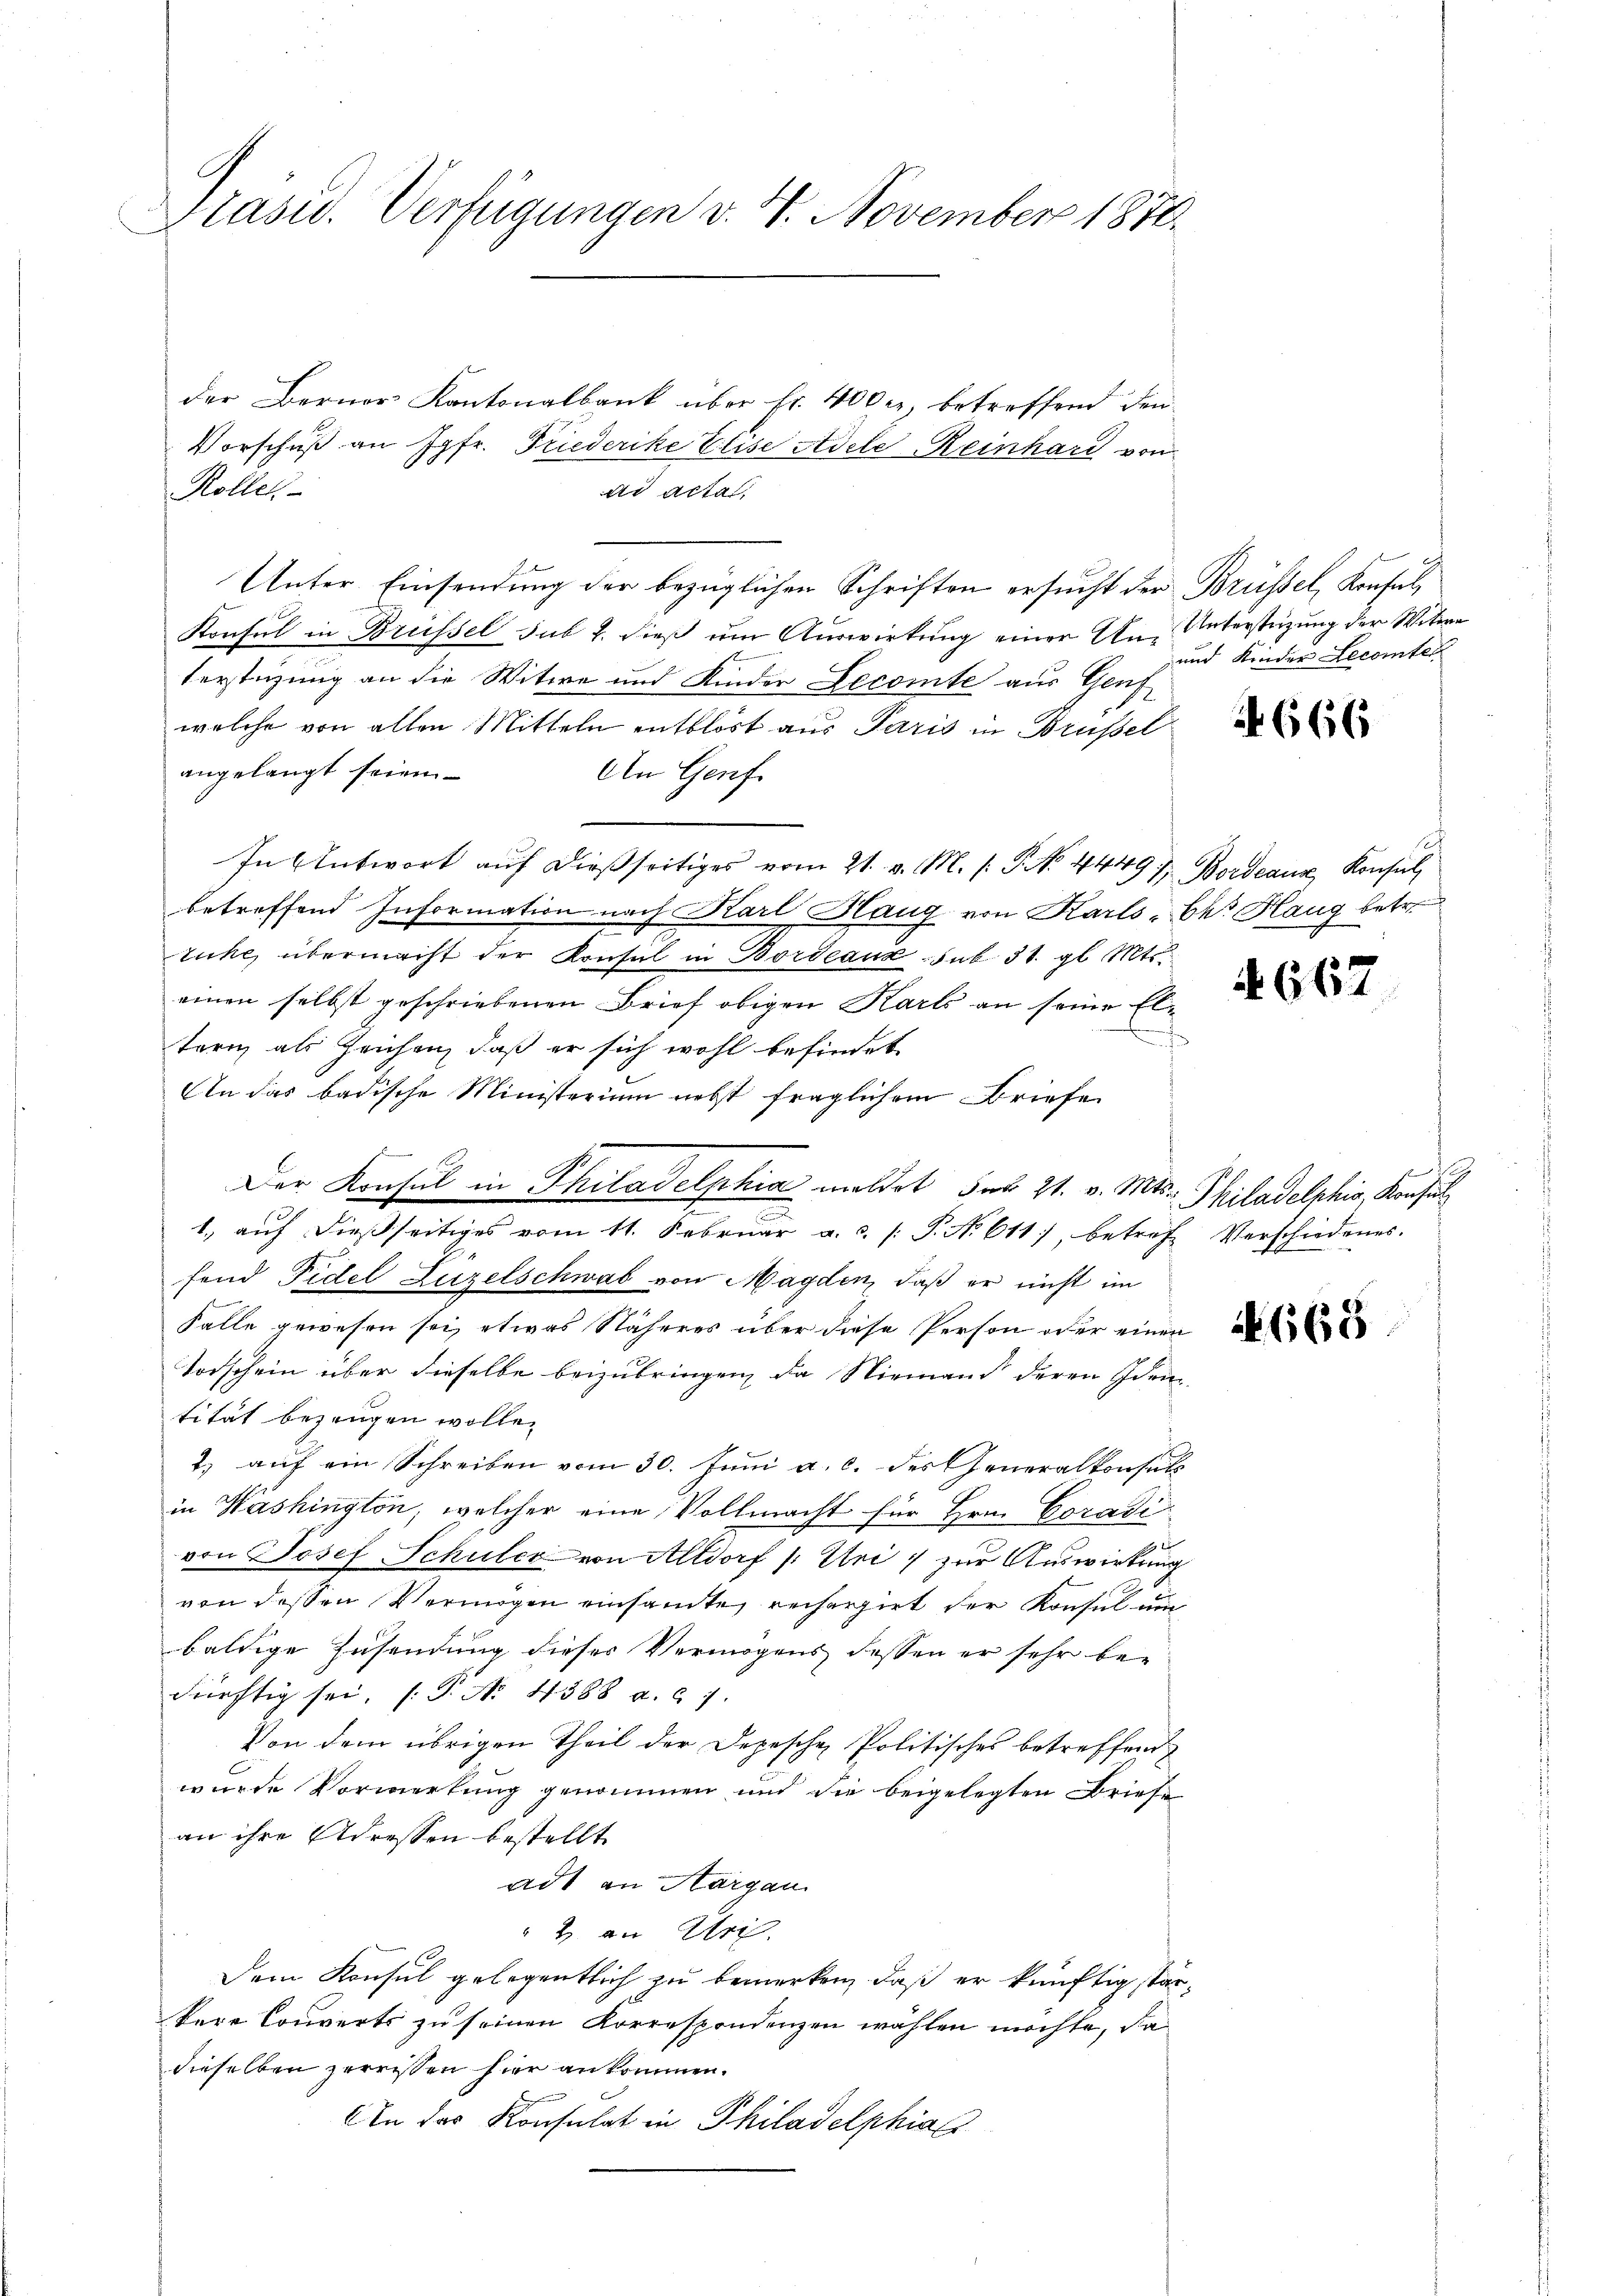
Präsid. Verfügungen v. 4. November 1876.

der Berner Kantonalbank über Fr. 400 er betreffend den
Vorschuß an Jgfr. Friederike Elise Adele Reinhard von
Rollen
dr acta,
Unter Einsendung der bezüglichen Schriften ersucht der Brüssel, Konsul,
Konsul in Brüssel sub 2. dieß um Auswirkung einer An-Unterstüzung der Witwe
terstüzung an die Witwe und Kinder Lecomte aus Genf
welche von allen Mitteln entblöst aus Paris in Brüssel
angelangt seien
An Genf.
In Antwort auf dießseitiges vom 21. v. M. s. P. No. 4449 u. Bordeaux, Konsul
betreffend Information nach Karl Hang von Karls, bei Hang betr.
tihe, übermacht der Konsul in Bordeaux sub 31. gl. Mts.
einen selbst geschriebenen Brief obigen Karls an seine Elterig als Zeichen, daß er sich wohl befindet
An das badische Ministerium nebst fraglichem Briefe
Der Konsul in Philadelphia meldet des 21. v. Mts. Philadelphis, Konsul
d
1., auf dießseitiges vom 11. Februar a. c. /: P. No 611), betreff Verschiedenes.
fend Fidel Luzelschwab von Magden, daß er nicht im
Falle gewesen sei, etwas Näheres über diese Person oder einen
Todschein über dieselbe beizubringen, da Niemand deren Idem-
tität bezeugen wolle.
2. aŭf ein Schreiben vom 30. Juni a. c. des Generalkonsuls
in Washington, welcher eine Vollmacht für Hrn. Coradi
e
von Josef Schuler von Altdorf (Uri, zur Auswirkung
von dessen Vermögen einsamte rechergirt der Konsul und
baldige Zusendung dieser Vermögens dessen er sehr bei
dürchtig sei, (P. No. 4388 a. c. 7.
Von dem übrigen Theil der Depesche Politisches betreffend
wurde Vormerkung genommen und die beigelegten Briefe
an ihre Adressen bestellt
adt an Hargau
2 an Uri
Dem Konsul gelegentlich zu bemerken, daß er künftig stärkere Converts zu seinen Korrespondenzen wählen möchte, da
dieselben zerrissen hier ankommen.
An das Konsulat in Philadelphia

und Kinder Lecomte

666

667

4668